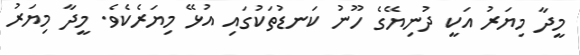
މީދާ މިޔަރު އަކީ ދުނިޔޭގެ ހޫނު ކަނޑުތަކުގައި އުޅޭ މިޔަރެކެވެ. މީދާ މިޔަރު